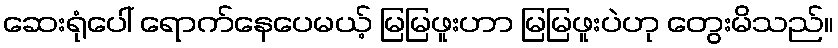
ဆေးရုံပေါ် ရောက်နေပေမယ့် မြမြဖူးဟာ မြမြဖူးပဲဟု တွေးမိသည်။